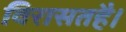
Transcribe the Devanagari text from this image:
विरासतहै।